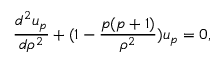
{ \frac { d ^ { 2 } u _ { p } } { d \rho ^ { 2 } } } + ( 1 - { \frac { p ( p + 1 ) } { \rho ^ { 2 } } } ) u _ { p } = 0 ,